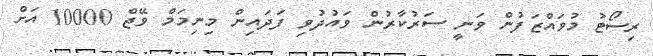
ރިސޯޓު މުވައްޒަފުން ވަނީ ސަރުކާރުން ވައުދުވި ފަދައިން މިނިމަމް ވޭޖް 10000 އަށް